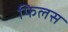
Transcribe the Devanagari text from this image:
फिलस